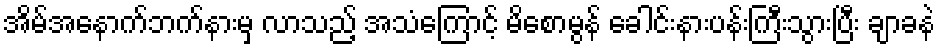
အိမ်အနောက်ဘက်နားမှ လာသည့် အသံကြောင့် မိစောမွန် ခေါင်းနားပန်းကြီးသွားပြီး ချာခနဲ